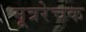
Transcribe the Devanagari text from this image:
मूत्ररेचक